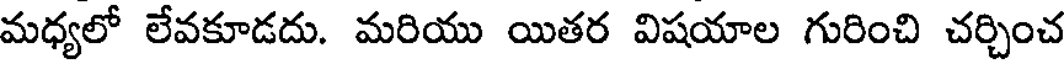
మధ్యలో లేవకూడదు. మరియు యితర విషయాల గురించి చర్చించ